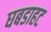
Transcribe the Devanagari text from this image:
घबडाहट